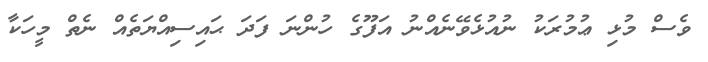
ވެސް މުޅި ޢުމުރަކު ނުއުޅެވޭނެއްނު އަފޫގެ ހުންނަ ފަދަ ޙައިސިއްޔަތެއް ނެތް މީހަކާ